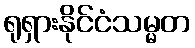
ရုရှားနိုင်ငံသမ္မတ